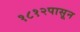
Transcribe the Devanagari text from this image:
१८१२पासून